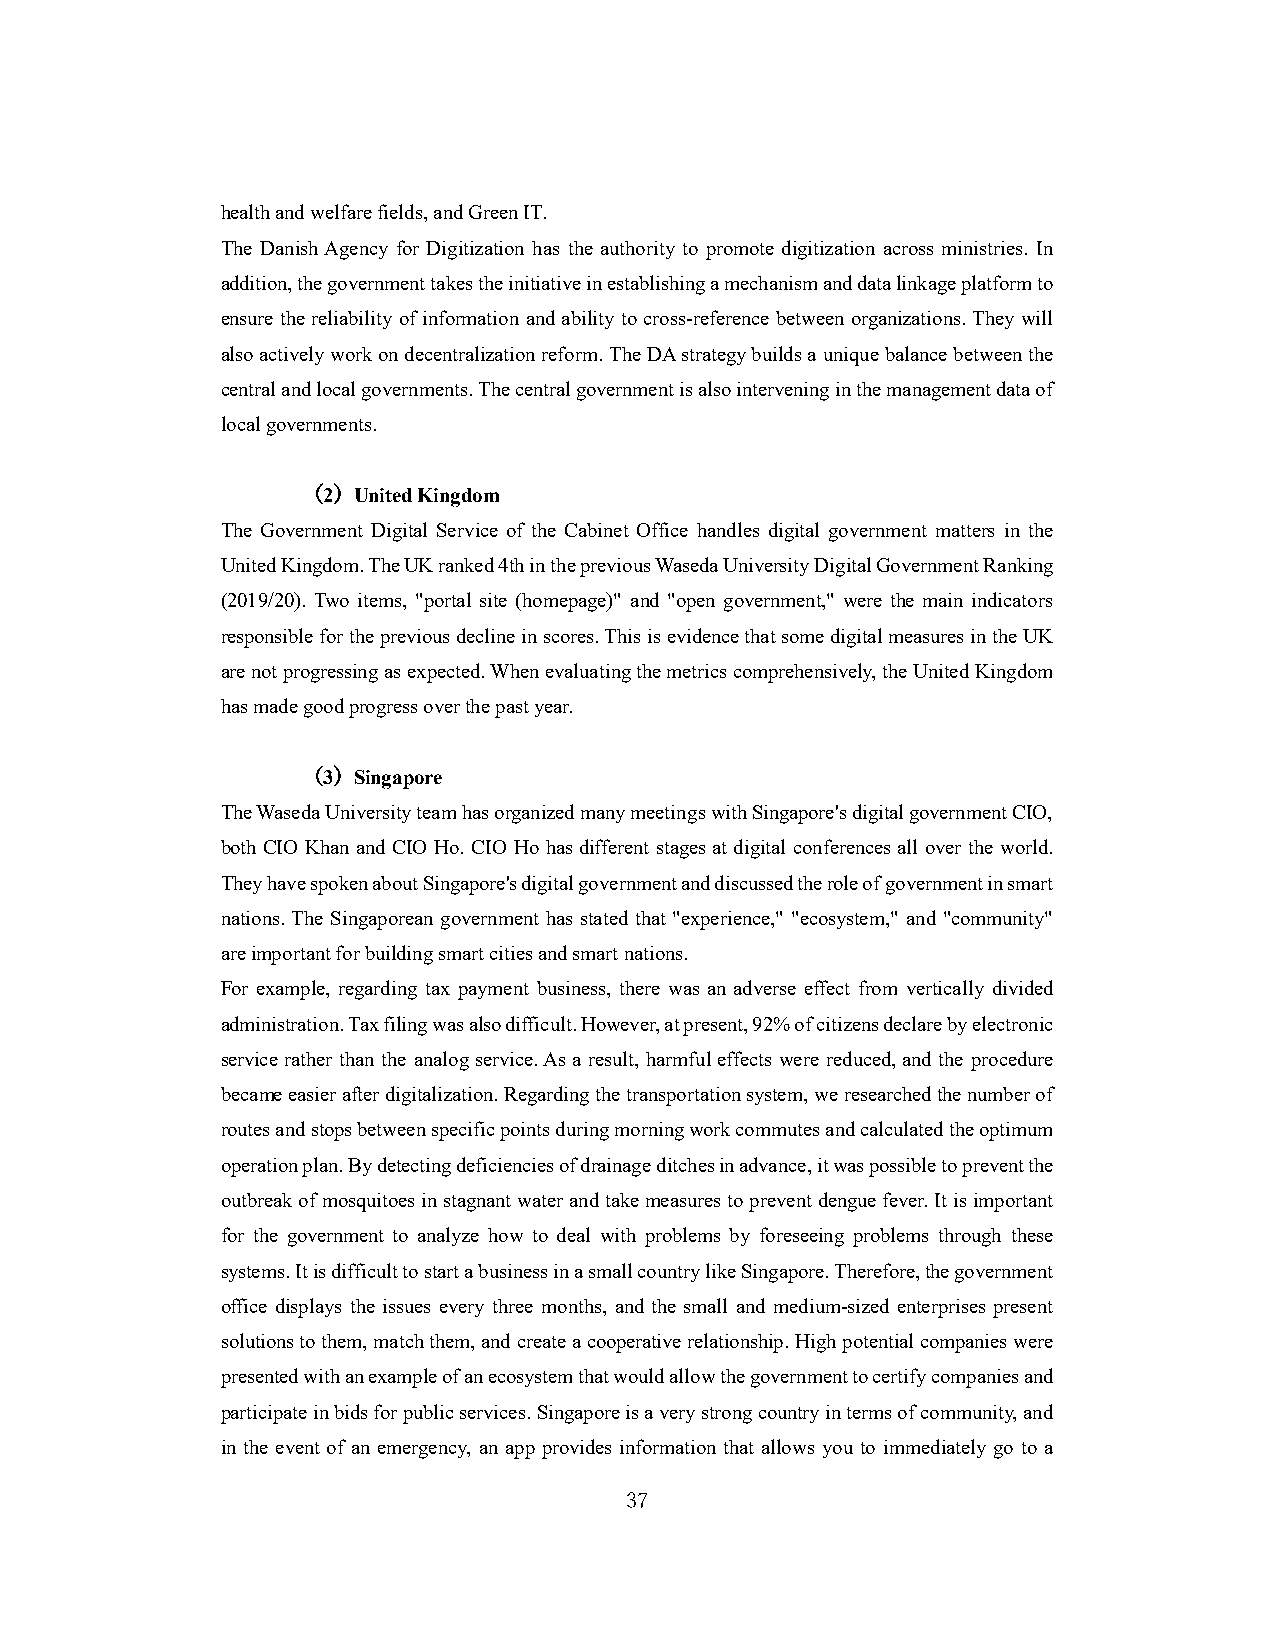
health and welfare fields, and Green IT.
 The Danish Agency for Digitization has the authority to promote digitization across ministries. In
 addition, the government takes the initiative in establishing a mechanism and data linkage platform to
 ensure the reliability of information and ability to cross-reference between organizations. They will
 also actively work on decentralization reform. The DA strategy builds a unique balance between the
 central and local governments. The central government is also intervening in the management data of
 local governments.
 （2）United Kingdom
 The Government Digital Service of the Cabinet Office handles digital government matters in the
 United Kingdom. The UK ranked 4th in the previous Waseda University Digital Government Ranking
 (2019/20). Two items, "portal site (homepage)" and "open government," were the main indicators
 responsible for the previous decline in scores. This is evidence that some digital measures in the UK
 are not progressing as expected. When evaluating the metrics comprehensively, the United Kingdom
 has made good progress over the past year.
 （3）Singapore
 The Waseda University team has organized many meetings with Singapore's digital government CIO,
 both CIO Khan and CIO Ho. CIO Ho has different stages at digital conferences all over the world.
 They have spoken about Singapore's digital government and discussed the role of government in smart
 nations. The Singaporean government has stated that "experience," "ecosystem," and "community"
 are important for building smart cities and smart nations.
 For example, regarding tax payment business, there was an adverse effect from vertically divided
 administration. Tax filing was also difficult. However, at present, 92% of citizens declare by electronic
 service rather than the analog service. As a result, harmful effects were reduced, and the procedure
 became easier after digitalization. Regarding the transportation system, we researched the number of
 routes and stops between specific points during morning work commutes and calculated the optimum
 operation plan. By detecting deficiencies of drainage ditches in advance, it was possible to prevent the
 outbreak of mosquitoes in stagnant water and take measures to prevent dengue fever. It is important
 for the government to analyze how to deal with problems by foreseeing problems through these
 systems. It is difficult to start a business in a small country like Singapore. Therefore, the government
 office displays the issues every three months, and the small and medium-sized enterprises present
 solutions to them, match them, and create a cooperative relationship. High potential companies were
 presented with an example of an ecosystem that would allow the government to certify companies and
 participate in bids for public services. Singapore is a very strong country in terms of community, and
 in the event of an emergency, an app provides information that allows you to immediately go to a
 37